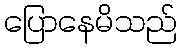
ပြောနေမိသည်